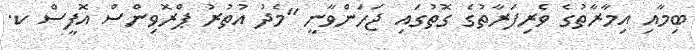
ބިމާއި އިމާރާތުގެ ވެރިފަރާތުގެ ގޮތުގައި ޖަހަންވާނީ "މެދު އުތުރު ޕްރޮވިންސް އޮފީސް ކ.